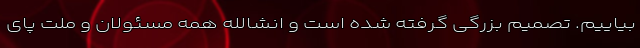
بیاییم. تصمیم بزرگی گرفته شده است و انشالله همه مسئولان و ملت پای